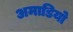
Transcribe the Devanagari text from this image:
अमाडियो